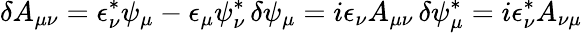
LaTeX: \delta A_{\mu\nu}=\epsilon_{\nu}^{*}\psi_{\mu}-\epsilon_{\mu}\psi_{\nu}^{*}\, \delta\psi_{\mu}=i\epsilon_{\nu}A_{\mu\nu}\, \delta\psi_{\mu}^{*}=i\epsilon_{\nu}^{*}A_{\nu\mu}\,